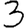
Digit: 3